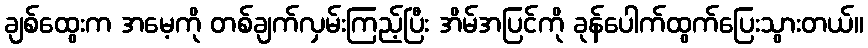
ချစ်ထွေးက အမေ့ကို တစ်ချက်လှမ်းကြည့်ပြီး အိမ်အပြင်ကို ခုန်ပေါက်ထွက်ပြေးသွားတယ်။